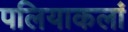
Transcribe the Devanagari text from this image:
पलियाकलां